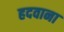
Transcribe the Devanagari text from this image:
हदवाना